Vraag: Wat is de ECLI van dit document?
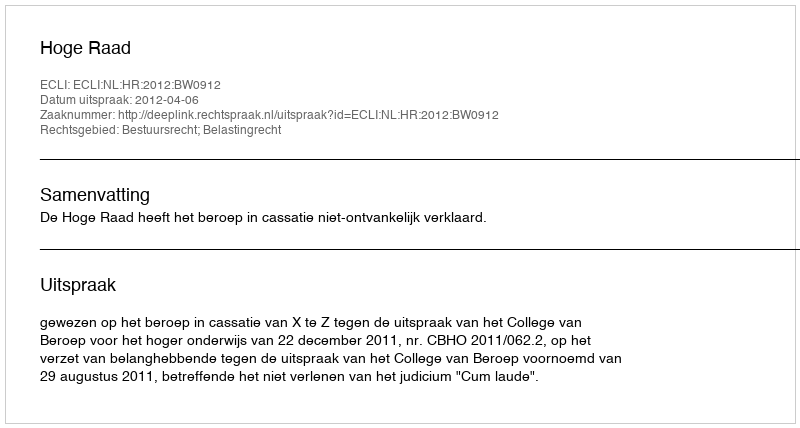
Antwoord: ECLI:NL:HR:2012:BW0912